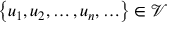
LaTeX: \left\{ u _ { 1 } , u _ { 2 } , \ldots , u _ { n } , \ldots \right\} \in { \mathcal { V } }